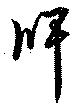
牌